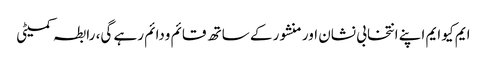
ایم کیو ایم اپنے انتخابی نشان اور منشور کے ساتھ قائم ودائم رہے گی، رابطہ کمیٹی